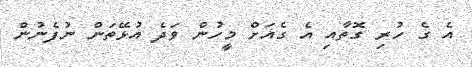
އެ ގެ ހުރި ގޮތާއި އެ ގެއަށް މީހުން ވަދެ އުޅޭތަން ނުފެނުން